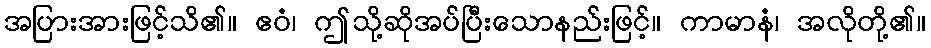
အပြားအားဖြင့်သိ၏။ ဧဝံ၊ ဤသို့ဆိုအပ်ပြီးသောနည်းဖြင့်။ ကာမာနံ၊ အလိုတို့၏။